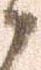
候